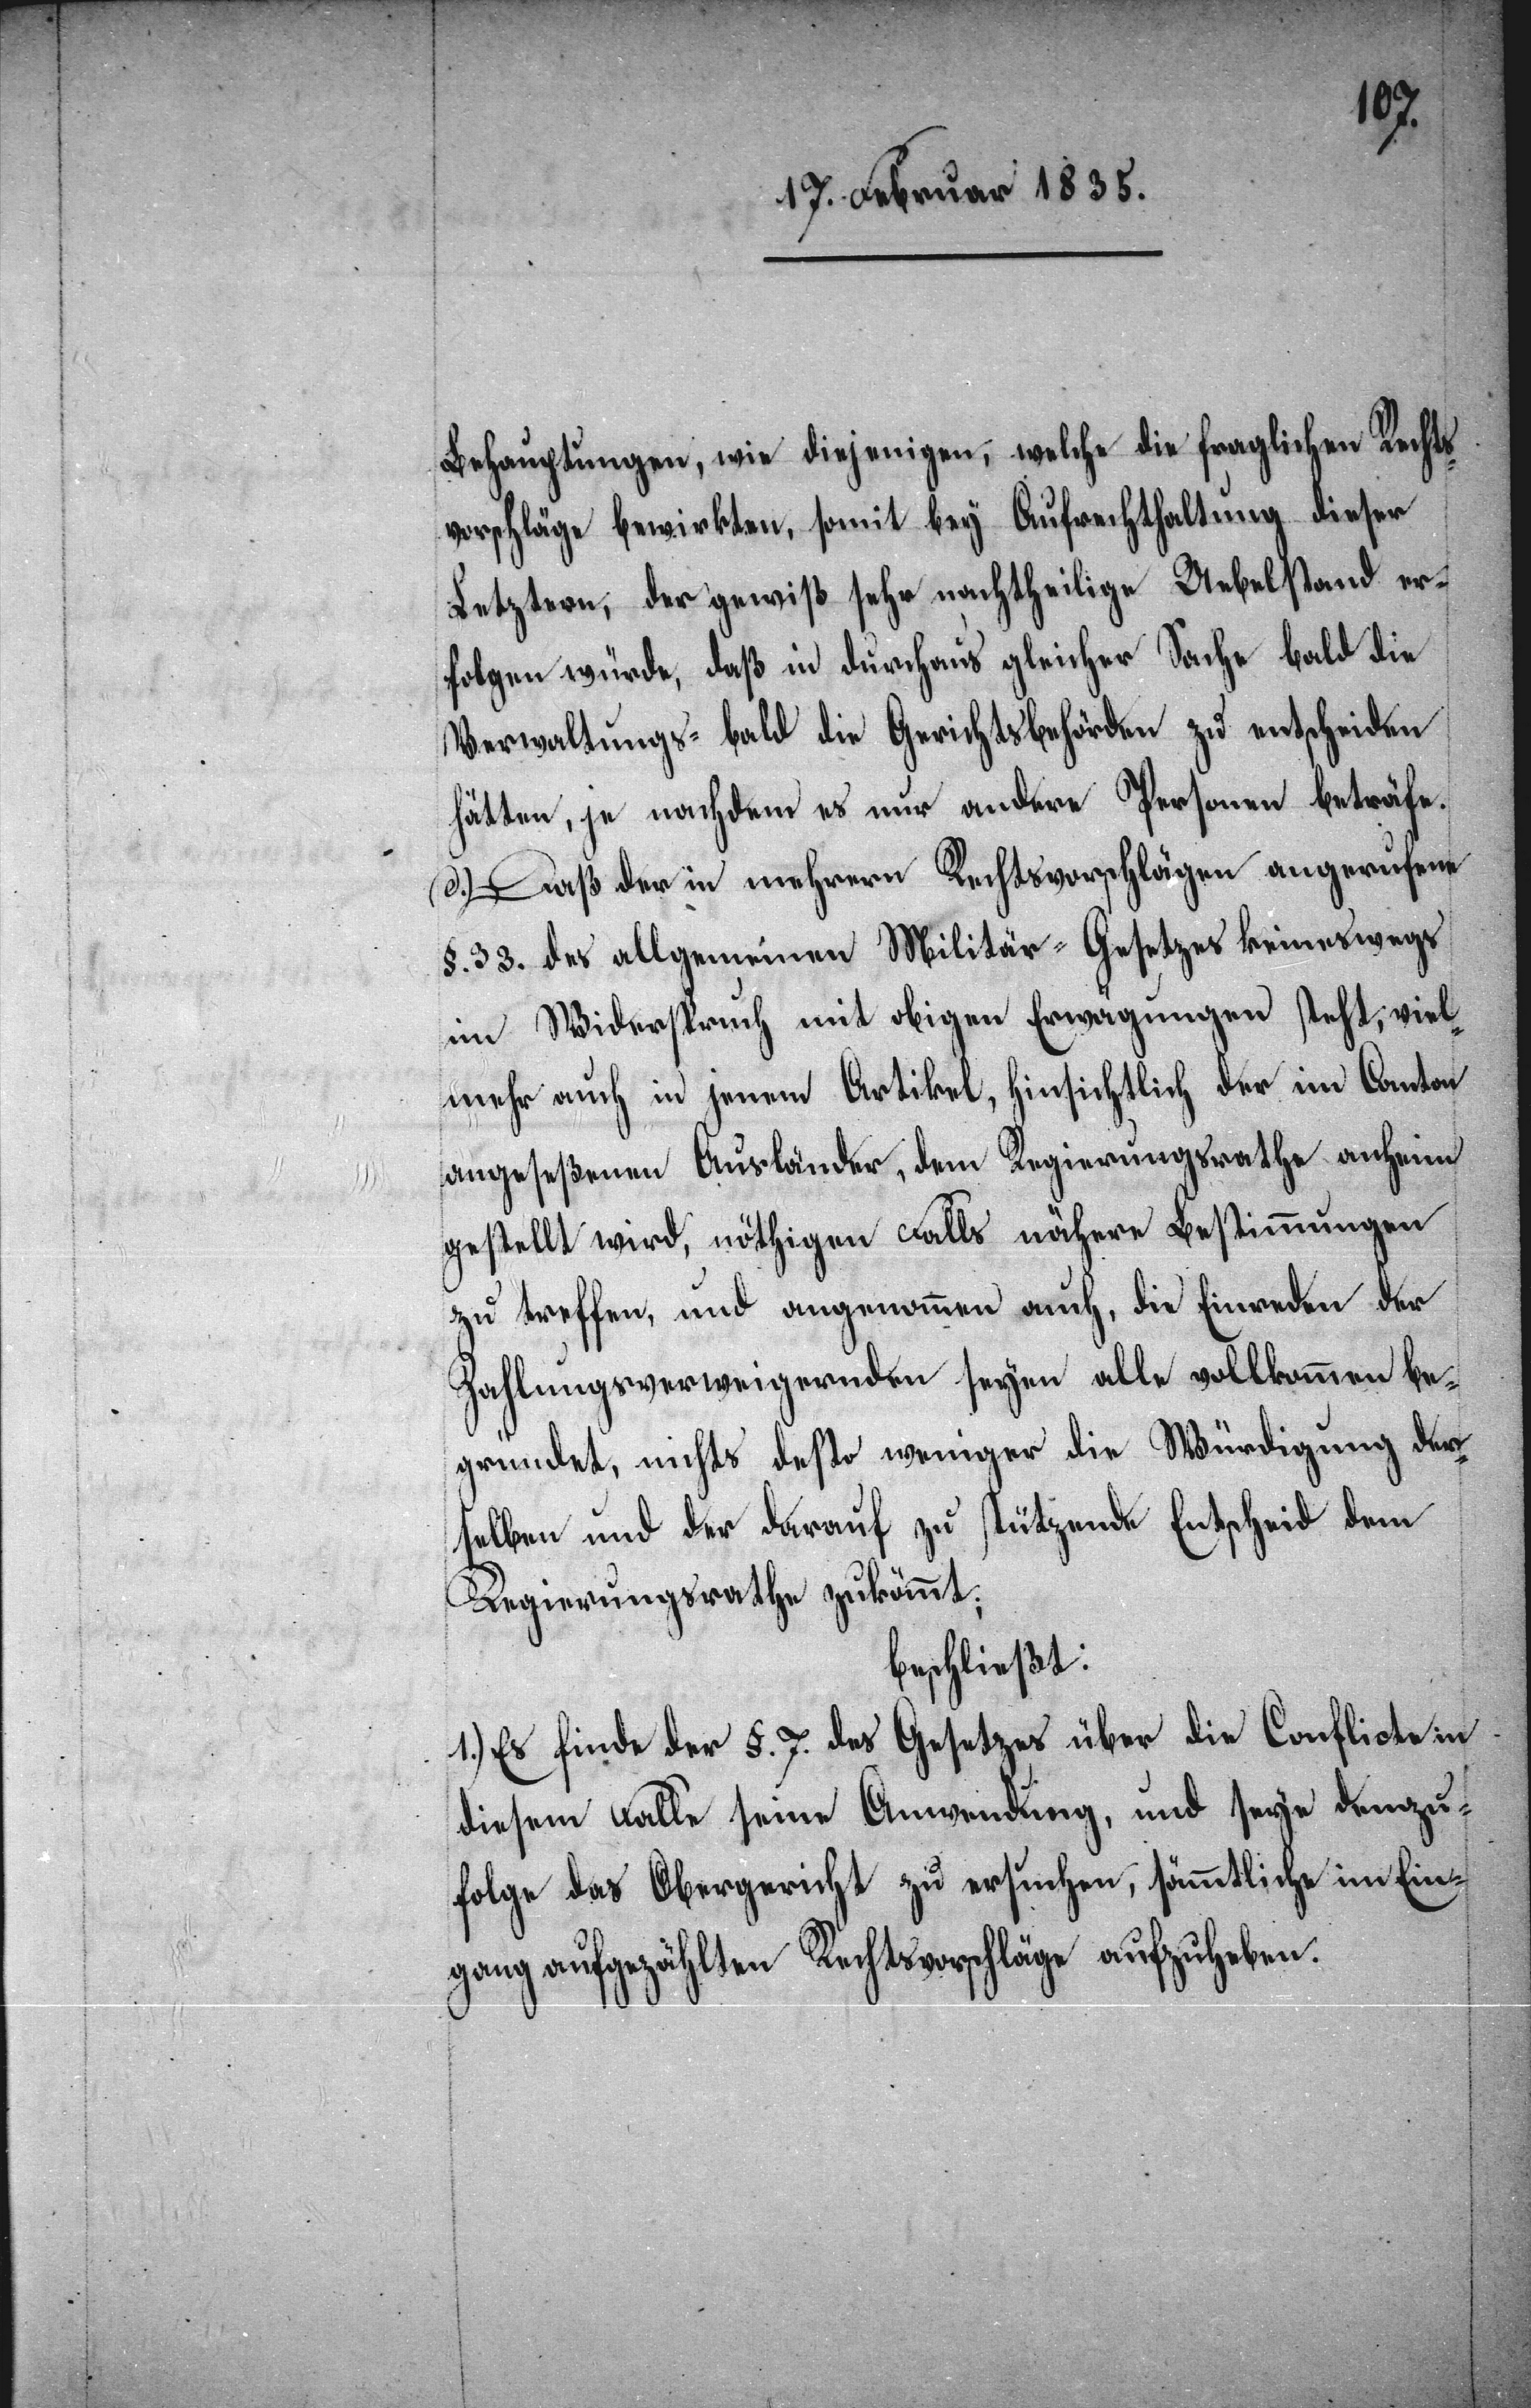
Behauptungen, wie diejenigen, welche die fraglichen Rechts¬
vorschläge bewirkten, somit bey Aufrechterhaltung dieser
Letztern, der gewiß sehr nachtheilige Uebelstand er¬
folgen würde, daß in durchaus gleicher Sache bald die
Verwaltungs- bald die Gerichtsbehörden zu entscheiden
hätten, je nachdem es nur andere Personen beträfe.
d.) Daß der in mehrern Rechtsvorschlägen angerufene
§. 33. des allgemeinen Militär-Gesetzes keineswegs
im Widerspruch mit obigen Erwägungen steht, viel¬
mehr auch in jenem Artikel, hinsichtlich der im Canton
angeseßenen Ausländer, dem Regierungsrathe anheim
gestellt wird, nöthigen Falls nähere Bestimmungen
zu treffen, und angenommen auch, die Einreden der
Zahlungsverweigernden seyen alle vollkommen be¬
gründet, nichts desto weniger die Würdigung der¬
selben und der darauf zu stützende Entscheid dem
Regierungsrathe zukömmt;
beschließt:
1.) Es finde der §. 7. des Gesetzes über die Conflicte in
diesem Falle seine Anwendung, und seye demzu¬
folge das Obergericht zu ersuchen, sämmtliche im Ein¬
gang aufgezählten Rechtsvorschläge aufzuheben.